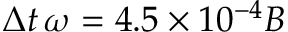
\Delta t \, \omega _ { } = 4 . 5 \times 1 0 ^ { - 4 } B